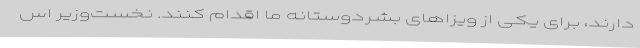
دارند، برای یکی از ویزاهای بشردوستانه ما اقدام کنند. نخست‌وزیر اس